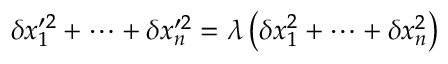
\delta x _ { 1 } ^ { \prime 2 } + \dots + \delta x _ { n } ^ { \prime 2 } = \lambda \left( \delta x _ { 1 } ^ { 2 } + \dots + \delta x _ { n } ^ { 2 } \right)